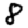
Digit: 8